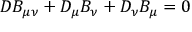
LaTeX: D _ { \l } B _ { \mu \nu } + D _ { \mu } B _ { \nu \l } + D _ { \nu } B _ { \l \mu } = 0